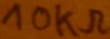
Text: 10KΩ